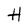
Character: H